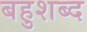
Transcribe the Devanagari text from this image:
बहुशब्द